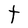
Character: t